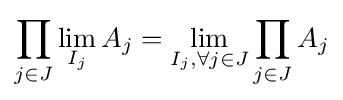
\prod _{j\in J}\lim _{I_{j}}A_{j}=\lim _{I_{j},\forall j\in J}\prod _{j\in J}A_{j}